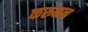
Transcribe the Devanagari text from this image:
करुनन